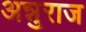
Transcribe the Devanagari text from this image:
अन्नुराज